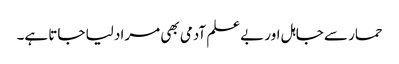
حمار سے جاہل اور بےعلم آدمی بھی مراد لیا جاتا ہے۔